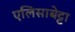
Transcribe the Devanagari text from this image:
एलिसाबेट्टा